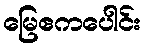
မြေဧကပေါင်း